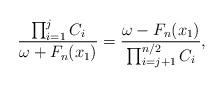
LaTeX: \begin{align*} \frac{ \prod_{i = 1}^{j} C_i }{ \omega + F_n( x_1 ) } = \frac{ \omega - F_n( x_1 ) }{ \prod_{i = j + 1}^{n / 2} C_i },\end{align*}